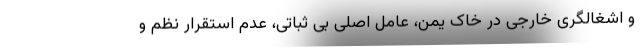
و اشغالگری خارجی در خاک یمن، عامل اصلی بی ثباتی، عدم استقرار نظم و